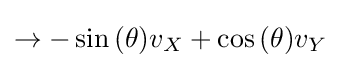
\to -\sin {\left(\theta \right)}v_{X}+\cos {\left(\theta \right)}v_{Y}